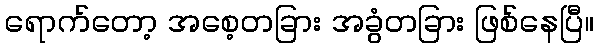
ရောက်တော့ အစေ့တခြား အခွံတခြား ဖြစ်နေပြီ။